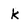
Character: k